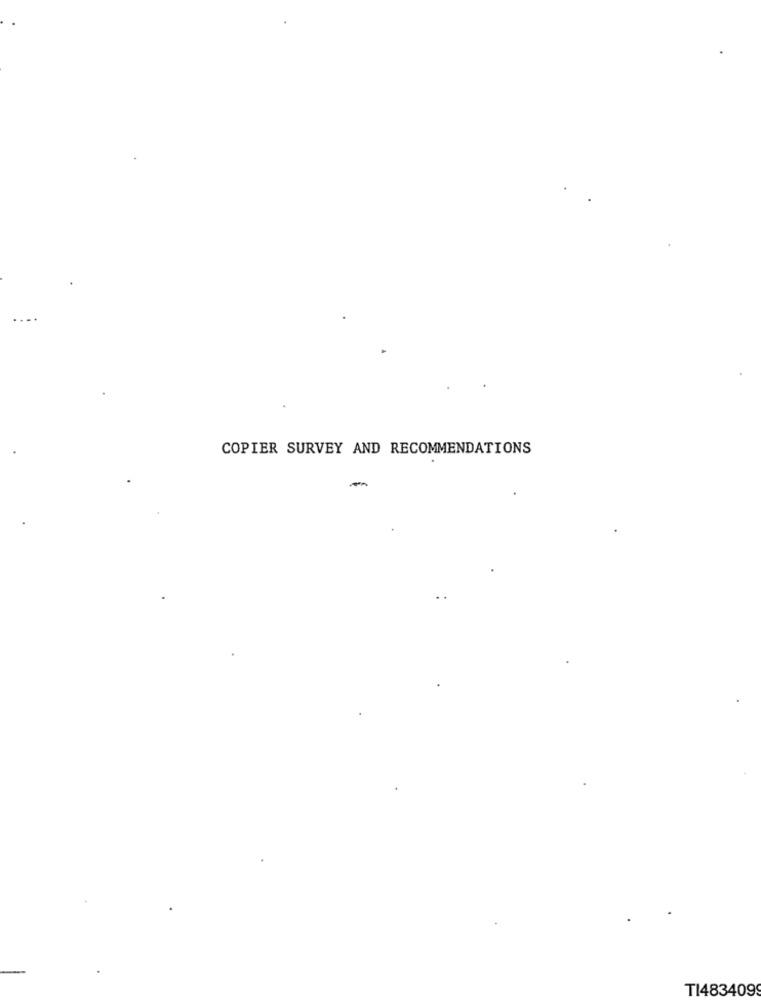
COPIER SURVEY AND RECOMMENDATIONS
-
TI483409